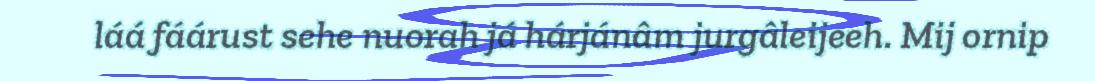
láá fáárust sehe nuorah já hárjánâm jurgâleijeeh. Mij ornip